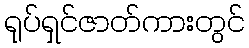
ရုပ်ရှင်ဇာတ်ကားတွင်